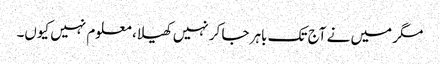
مگر میں نے آج تک باہر جا کر نہیں کھیلا، معلوم نہیں کیوں۔